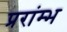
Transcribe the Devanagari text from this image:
प्ररांम्भ